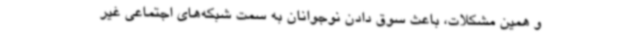
و همین مشکلات، باعث سوق دادن نوجوانان به سمت شبکه‌های اجتماعی غیر